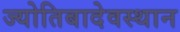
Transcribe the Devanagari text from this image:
ज्योतिबादेवस्थान